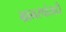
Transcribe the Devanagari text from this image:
ग्रामस्थांसाठी